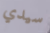
سيدي